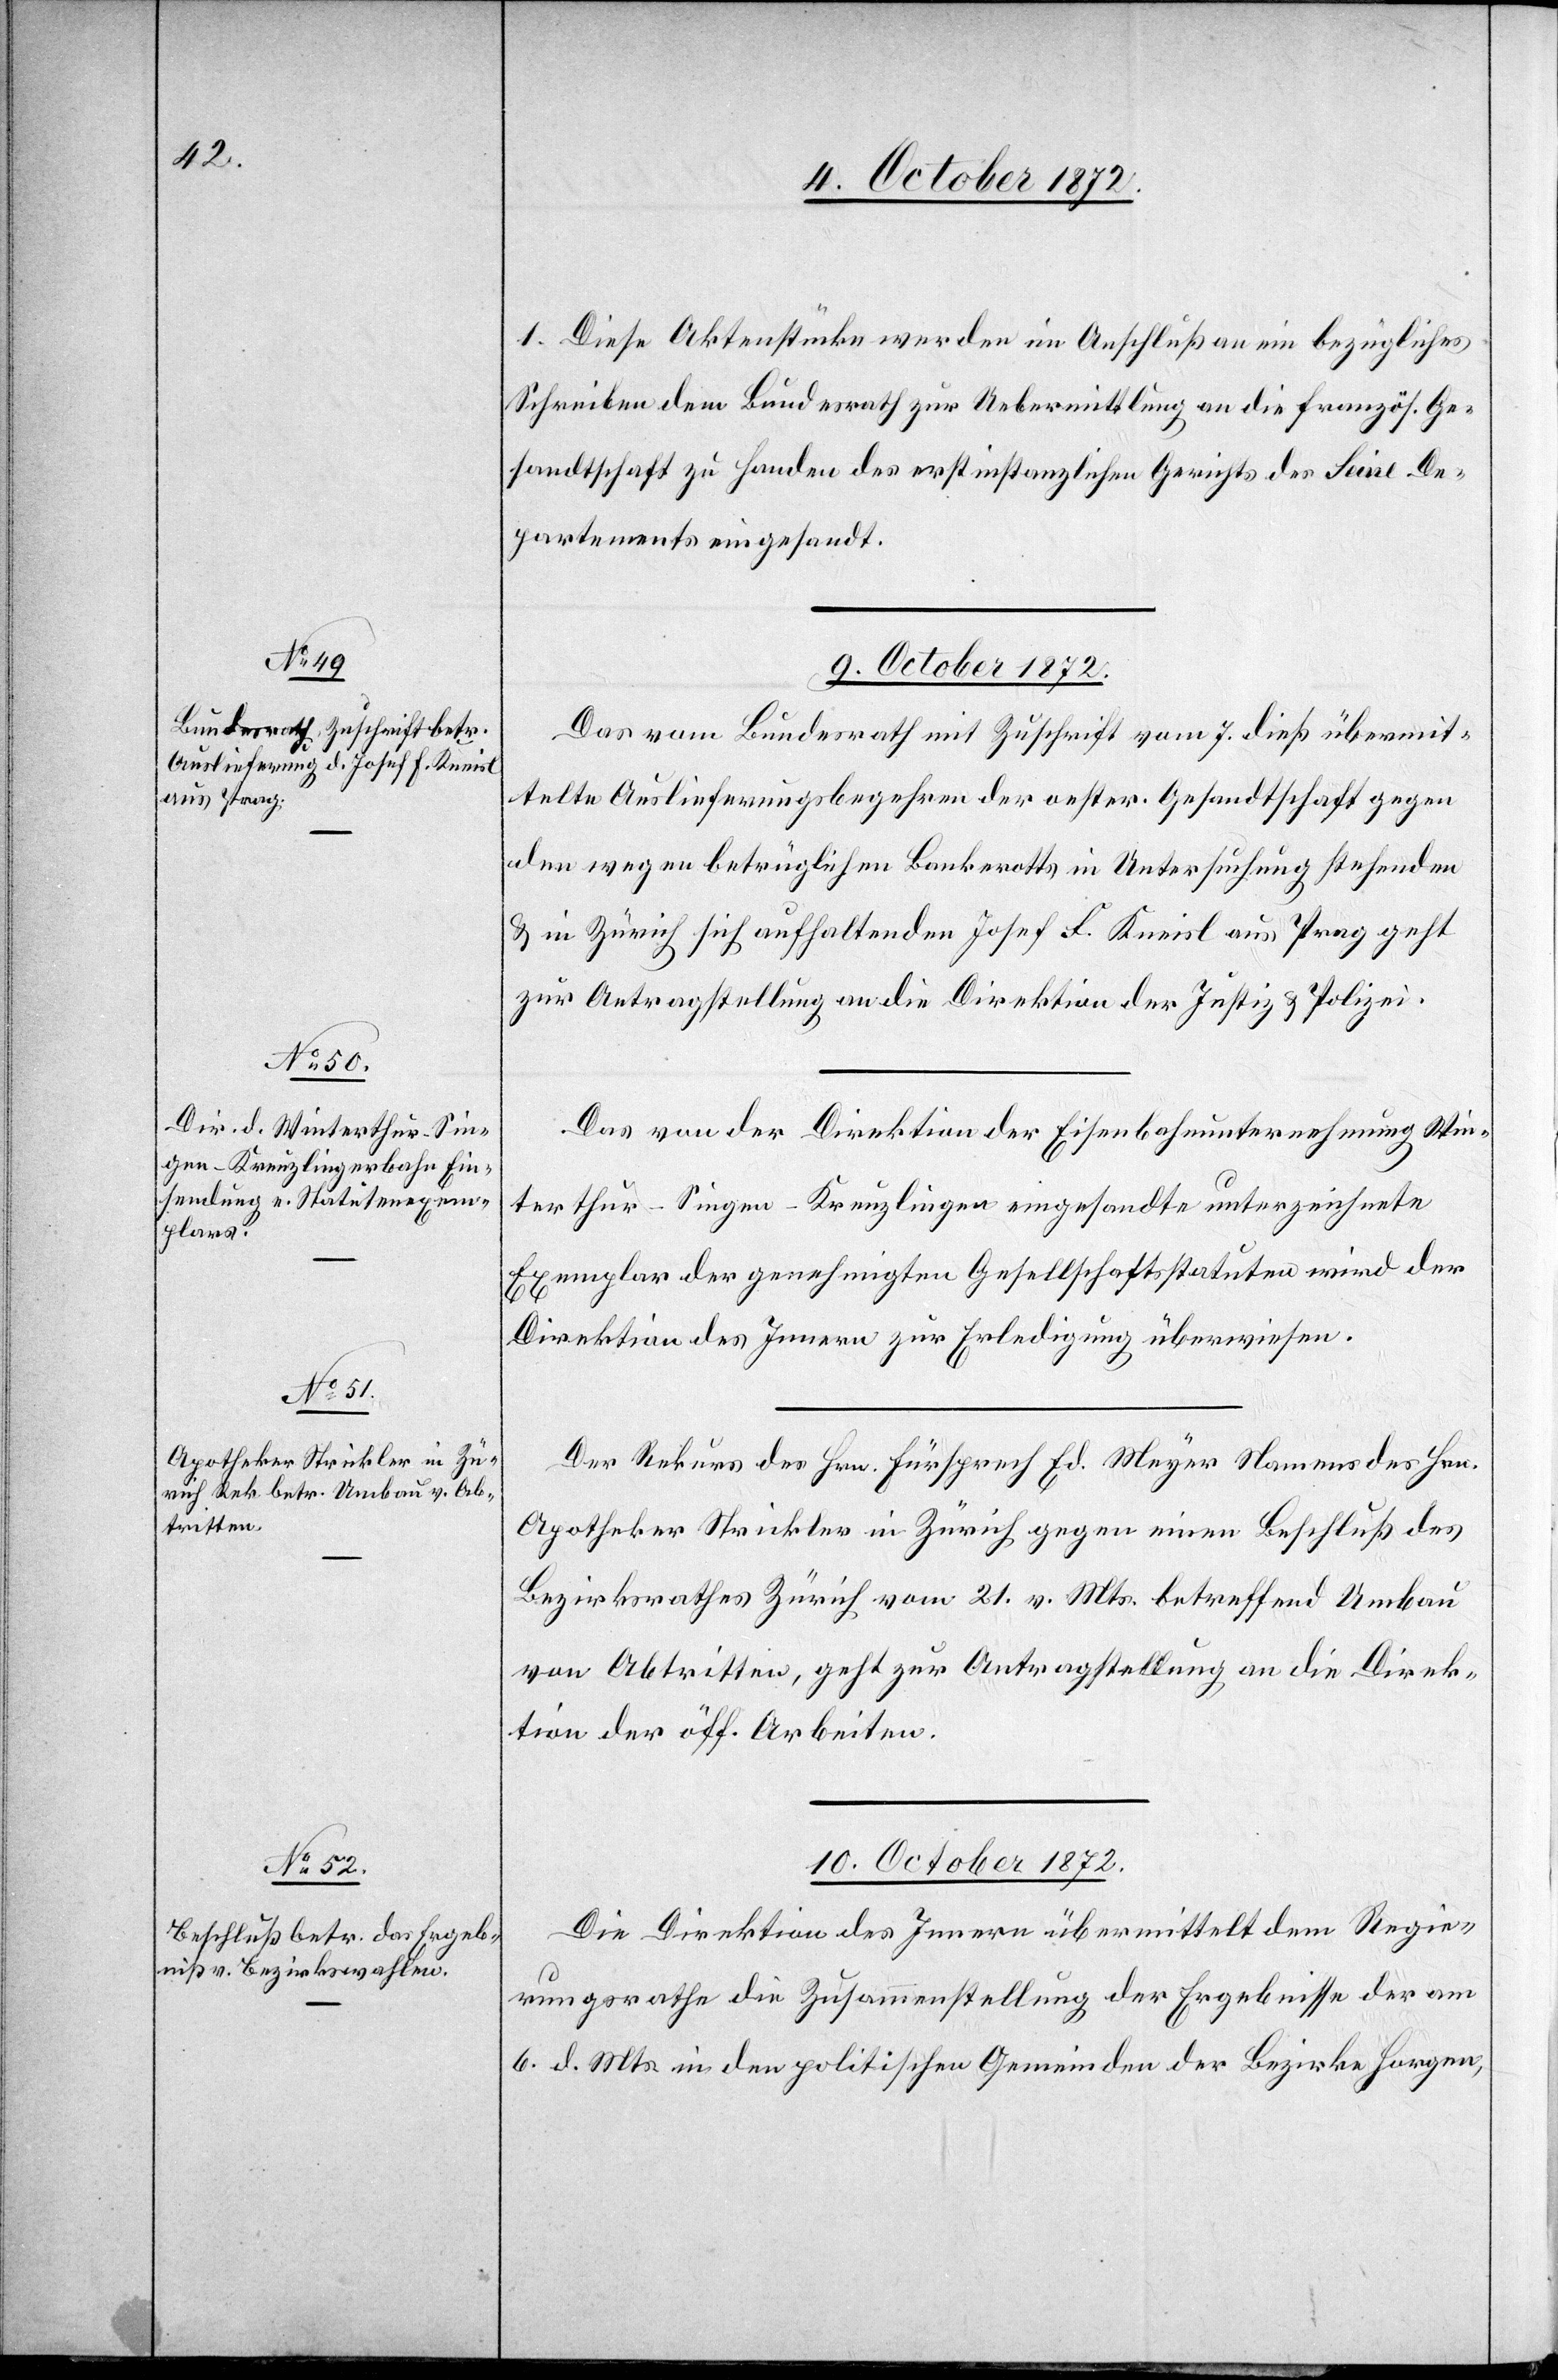
1.

Diese Aktenstücke werden im Anschluß an ein bezügliches
Schreiben dem Bundesrath zur Uebermittlung an die französ. Ge¬
sandtschaft zu Handen des erstinstanzlichen Gerichts des Seine De¬
partements eingesandt.
9. October 1872.]
Das vom Bundesrath mit Zuschrift vom 7. dieß übermit¬
telte Auslieferungsbegehren der oester. Gesandtschaft gegen
den wegen betrüglichen Bankerotts in Untersuchung stehenden
u. in Zürich sich aufhaltenden Josef F. Kneisl aus Prag geht
zur Antragstellung an die Direktion der Justiz u. Polizei.
Das von der Direktion der Eisenbahnunternehmung Win¬
terthur–Singen–Kreuzlingen eingesandte unterzeichnete
Exemplar der genehmigten Gesellschaftsstatuten wird der
Direktion des Innern zur Erledigung überwiesen.
Der Rekurs des Hrn. Fürsprech Ed. Meyer Namens des Hrn.
Apotheker Strickler in Zürich gegen einen Beschluß des
Bezirksrathes Zürich vom 21. v. Mts. betreffend Umbau
von Abtritten, geht zur Antragstellung an die Direk¬
tion der öff. Arbeiten.
10. October 1872.
Die Direktion des Innern übermittelt dem Regie¬
rungsrathe die Zusammenstellung der Ergebnisse der am
6. d. Mts. in den politischen Gemeinden der Bezirke Horgen,